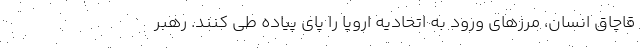
قاچاق انسان، مرزهای ورود به اتحادیه اروپا را پای پیاده طی کنند. رهبر